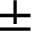
\pm